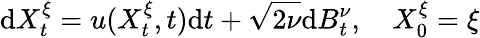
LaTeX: \mathrm{d}X_{t}^{\xi}=u(X_{t}^{\xi},t)\mathrm{d}t+\sqrt{2\nu}\mathrm{d}B_{t}^{\nu},\quad X_{0}^{\xi}=\xi